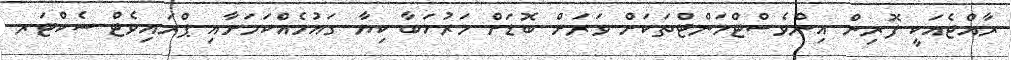
ރާއްޖެއަކީ ފޮރިން އިންވެސްޓްމަންޓްތަކަށް ވަރަށް ބޮޑަށް މަރުހަބާ ކިޔާ ގައުމެއްކަމަށާއި ޕްރައިވެޓް ސެކްޓަރ